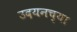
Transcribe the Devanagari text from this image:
उदयनच्या